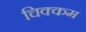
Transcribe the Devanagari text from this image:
चिक्कम